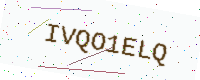
Text: IVQO1ELQ